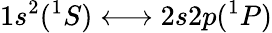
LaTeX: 1s^{2}({}^{1}S)\longleftrightarrow 2s2p({}^{1}P)